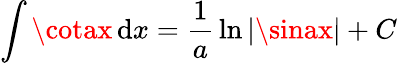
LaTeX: \int\cotax\, \mathrm{d}x={\frac{{1}}{{a}}}\ln|\sinax|+C